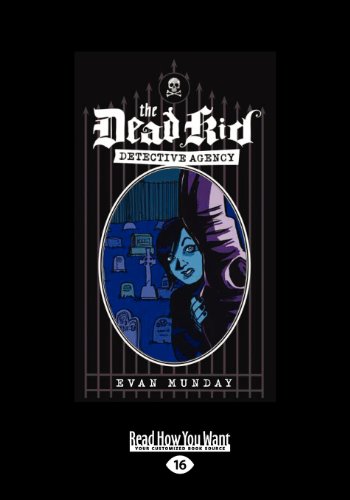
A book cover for The Dead Kid Detective Agency; Evan Munday; Teen & Young Adult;